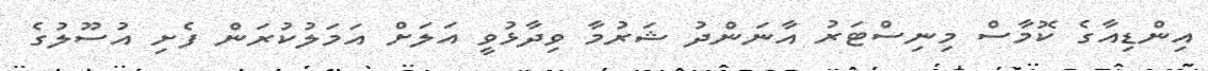
އިންޑިއާގެ ކޮމާސް މިނިސްޓަރު އާނަންދު ޝަރުމާ ވިދާޅުވީ އަލަށް އަމަލުކުރަން ފެށި އުސޫލުގެ